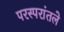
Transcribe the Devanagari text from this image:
परस्परांतले